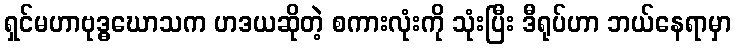
ရှင်မဟာဗုဒ္ဓဃောသက ဟဒယဆိုတဲ့ စကားလုံးကို သုံးပြီး ဒီရုပ်ဟာ ဘယ်နေရာမှာ